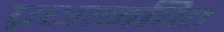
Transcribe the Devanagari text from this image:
प्रधानवित